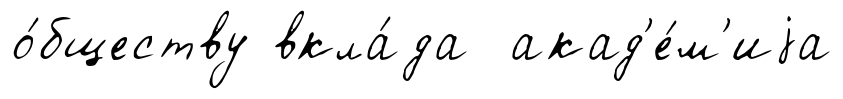
о́бществу вкла́да акад'е́м'иjа